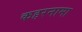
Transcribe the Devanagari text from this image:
कहरनामा